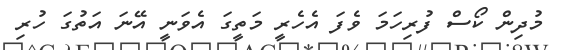
މުދިން ކޯސް ފުރިހަމަ ވެފަ އެހެރީ މަތީގަ އެވަނީ އޭނަ އަތުގަ ހުރި